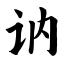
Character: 讷